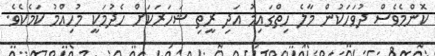
ކޮންމެވެސް ދުވަހަކުން މާލެ ހިތްގައިމު އަދި ރީތި ޝަހަރަކަށް ހެދުމަކީ މުހިއްމު ކަމެކެވެ.